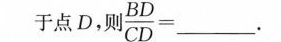
于点D，则 $$\frac{BD}{CD}=$$___。